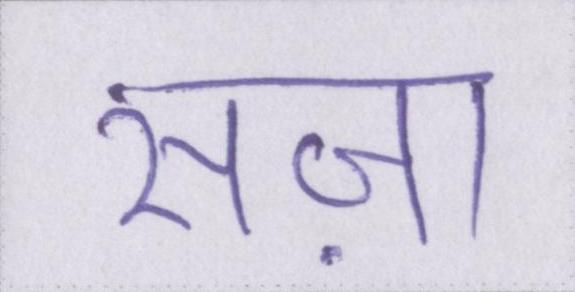
सज़ा